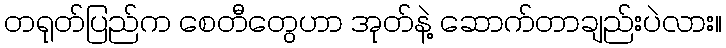
တရုတ်ပြည်က စေတီတွေဟာ အုတ်နဲ့ ဆောက်တာချည်းပဲလား။